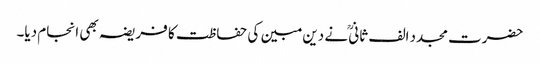
حضرت مجدد الف ثانیؒ نے دین مبین کی حفاظت کا فریضہ بھی انجام دیا۔